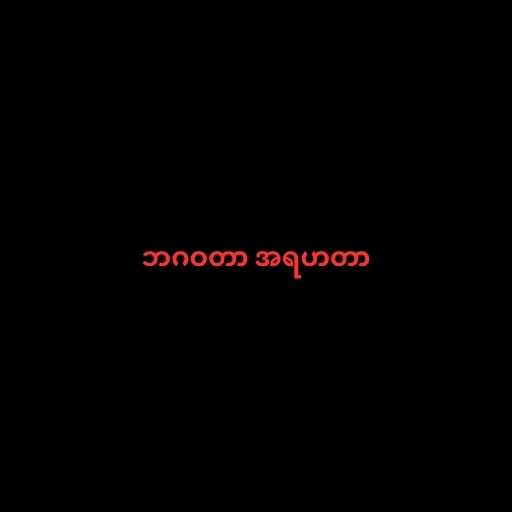
ဘဂဝတာ အရဟတာ